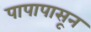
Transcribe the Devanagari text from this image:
पापापासून